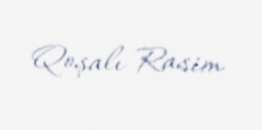
Qoşalı Rasim